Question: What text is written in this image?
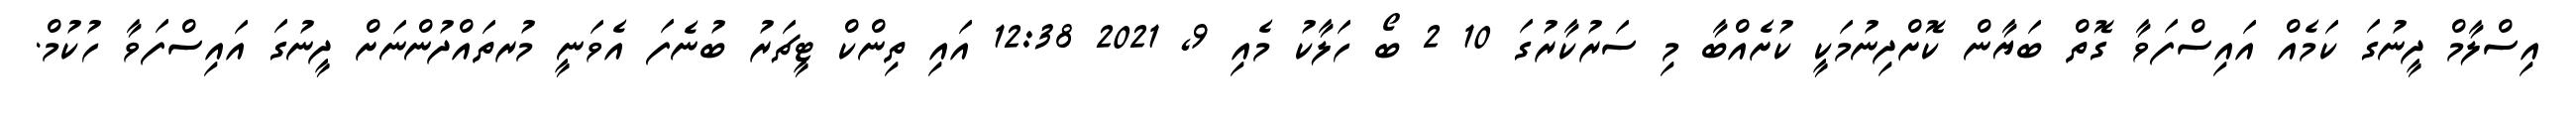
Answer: އިސްލާމް ދީނުގަ ކަމެއް އައިސްފަވާ ގޮތް ބަޔާން ކޮށްދިނުމަކީ ކުށެއްބާ މި ސަރުކާރުގަ 10 2 ބޯ ހަލާކު މެއި 9, 2021 12:38 އައި ތިންކް ޓީޗަރު ބުނެފަ އެވަނީ މުރތައްދުންނަށް ދީނުގަ އައިސްފަވާ ހުކުމް.